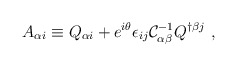
\begin{align*}A_{\alpha i}\equiv Q_{\alpha i}+e^{i\theta}\epsilon_{ij}{\cal C}^{-1}_{\alpha\beta}Q^{\dagger \beta j}\ ,\end{align*}